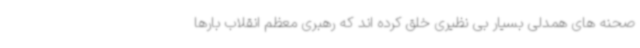
صحنه های همدلی بسیار بی نظیری خلق کرده اند که رهبری معظم انقلاب بارها